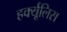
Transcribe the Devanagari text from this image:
हर्क्यूलिस